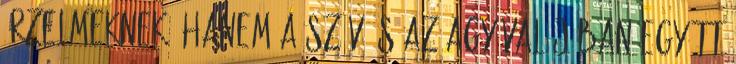
érzelmeknek, hanem a szív és az agy valójában együtt